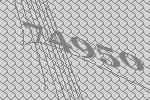
74950